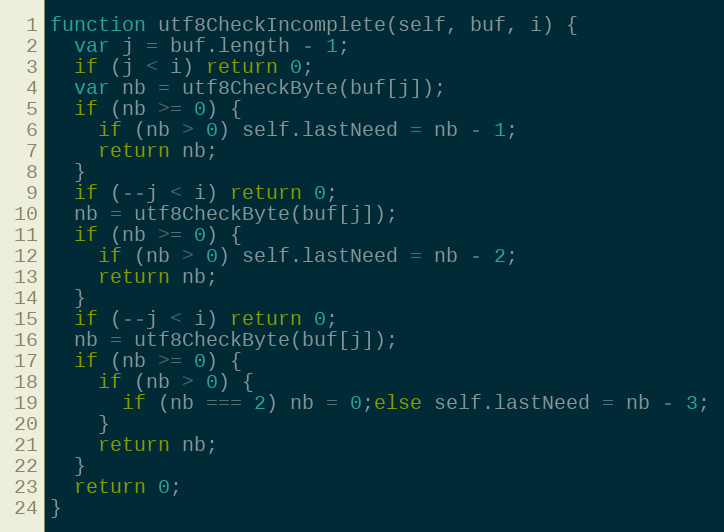
Language: JavaScript
function utf8CheckIncomplete(self, buf, i) {
  var j = buf.length - 1;
  if (j < i) return 0;
  var nb = utf8CheckByte(buf[j]);
  if (nb >= 0) {
    if (nb > 0) self.lastNeed = nb - 1;
    return nb;
  }
  if (--j < i) return 0;
  nb = utf8CheckByte(buf[j]);
  if (nb >= 0) {
    if (nb > 0) self.lastNeed = nb - 2;
    return nb;
  }
  if (--j < i) return 0;
  nb = utf8CheckByte(buf[j]);
  if (nb >= 0) {
    if (nb > 0) {
      if (nb === 2) nb = 0;else self.lastNeed = nb - 3;
    }
    return nb;
  }
  return 0;
}